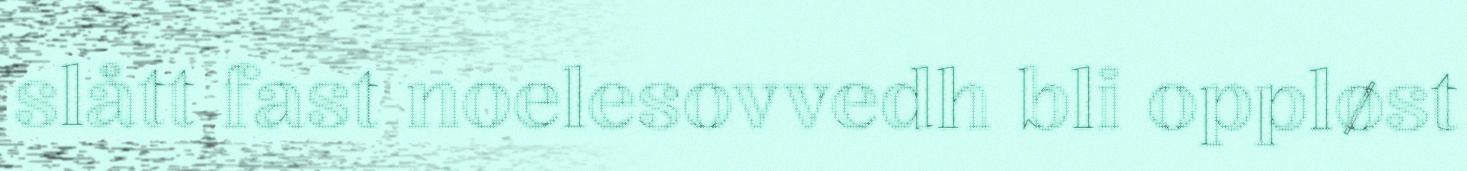
slått fast noelesovvedh bli oppløst